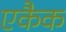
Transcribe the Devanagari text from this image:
एकैक